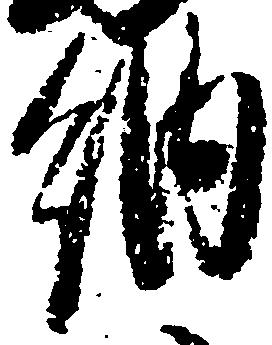
納